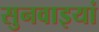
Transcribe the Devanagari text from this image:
सुनवाइयां